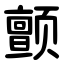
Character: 颤